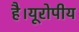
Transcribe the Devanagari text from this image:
है।यूरोपीय